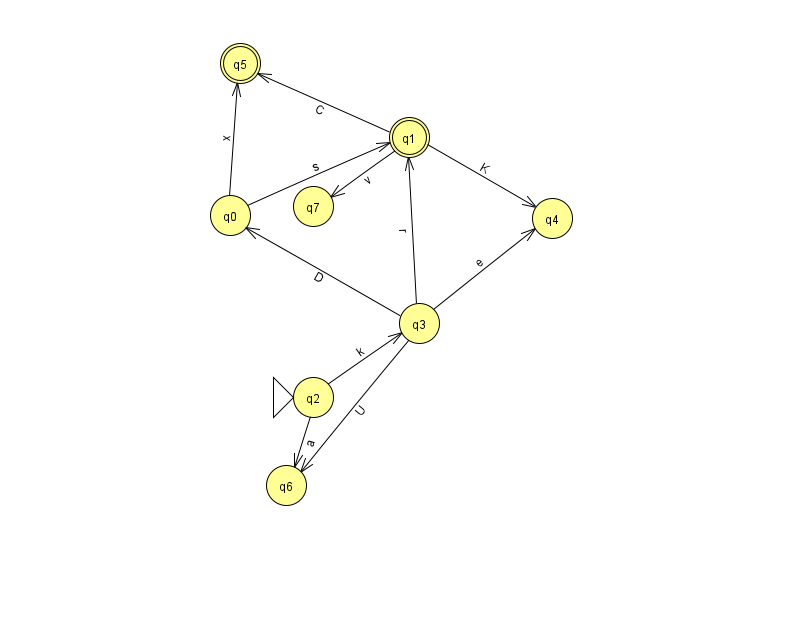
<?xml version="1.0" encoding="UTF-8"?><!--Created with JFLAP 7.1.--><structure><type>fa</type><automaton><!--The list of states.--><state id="0" name="q0"><x>230.0</x><y>202.0</y></state><state id="1" name="q1"><x>409.0</x><y>124.0</y><final/></state><state id="2" name="q2"><x>313.0</x><y>384.0</y><initial/></state><state id="3" name="q3"><x>419.0</x><y>310.0</y></state><state id="4" name="q4"><x>552.0</x><y>205.0</y></state><state id="5" name="q5"><x>240.0</x><y>50.0</y><final/></state><state id="6" name="q6"><x>286.0</x><y>472.0</y></state><state id="7" name="q7"><x>313.0</x><y>193.0</y></state><!--The list of transitions.--><transition><from>0</from><to>1</to><read>s</read></transition><transition><from>2</from><to>6</to><read>a</read></transition><transition><from>0</from><to>5</to><read>x</read></transition><transition><from>3</from><to>6</to><read>U</read></transition><transition><from>1</from><to>7</to><read>v</read></transition><transition><from>2</from><to>3</to><read>k</read></transition><transition><from>1</from><to>4</to><read>K</read></transition><transition><from>3</from><to>1</to><read>r</read></transition><transition><from>3</from><to>4</to><read>e</read></transition><transition><from>1</from><to>5</to><read>C</read></transition><transition><from>3</from><to>0</to><read>D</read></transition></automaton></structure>